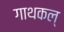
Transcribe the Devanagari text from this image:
गाथकल्